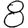
Digit: 8